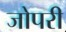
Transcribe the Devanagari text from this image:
जोपरी